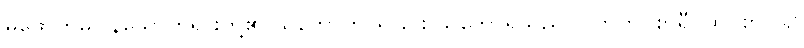
မဖောက်မပြန်သောတရားတို့၏ သဘောကို ရှုခြင်း သဘောရှိသည်။ ဝိဘူတဝိစာရီ၊ ထင်စွာပြ၍